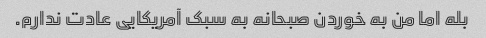
بله اما من به خوردن صبحانه به سبک آمریکایی عادت ندارم.